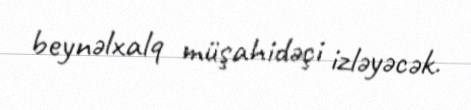
beynəlxalq müşahidəçi izləyəcək.